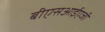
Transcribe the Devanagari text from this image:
बीएसआईएजी